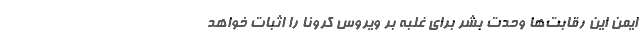
ایمن این رقابت‌ها وحدت بشر برای غلبه بر ویروس کرونا را اثبات خواهد